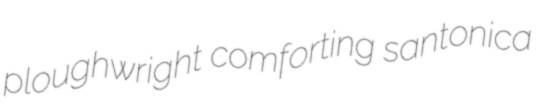
ploughwright comforting santonica